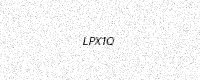
Text: LPX1Q